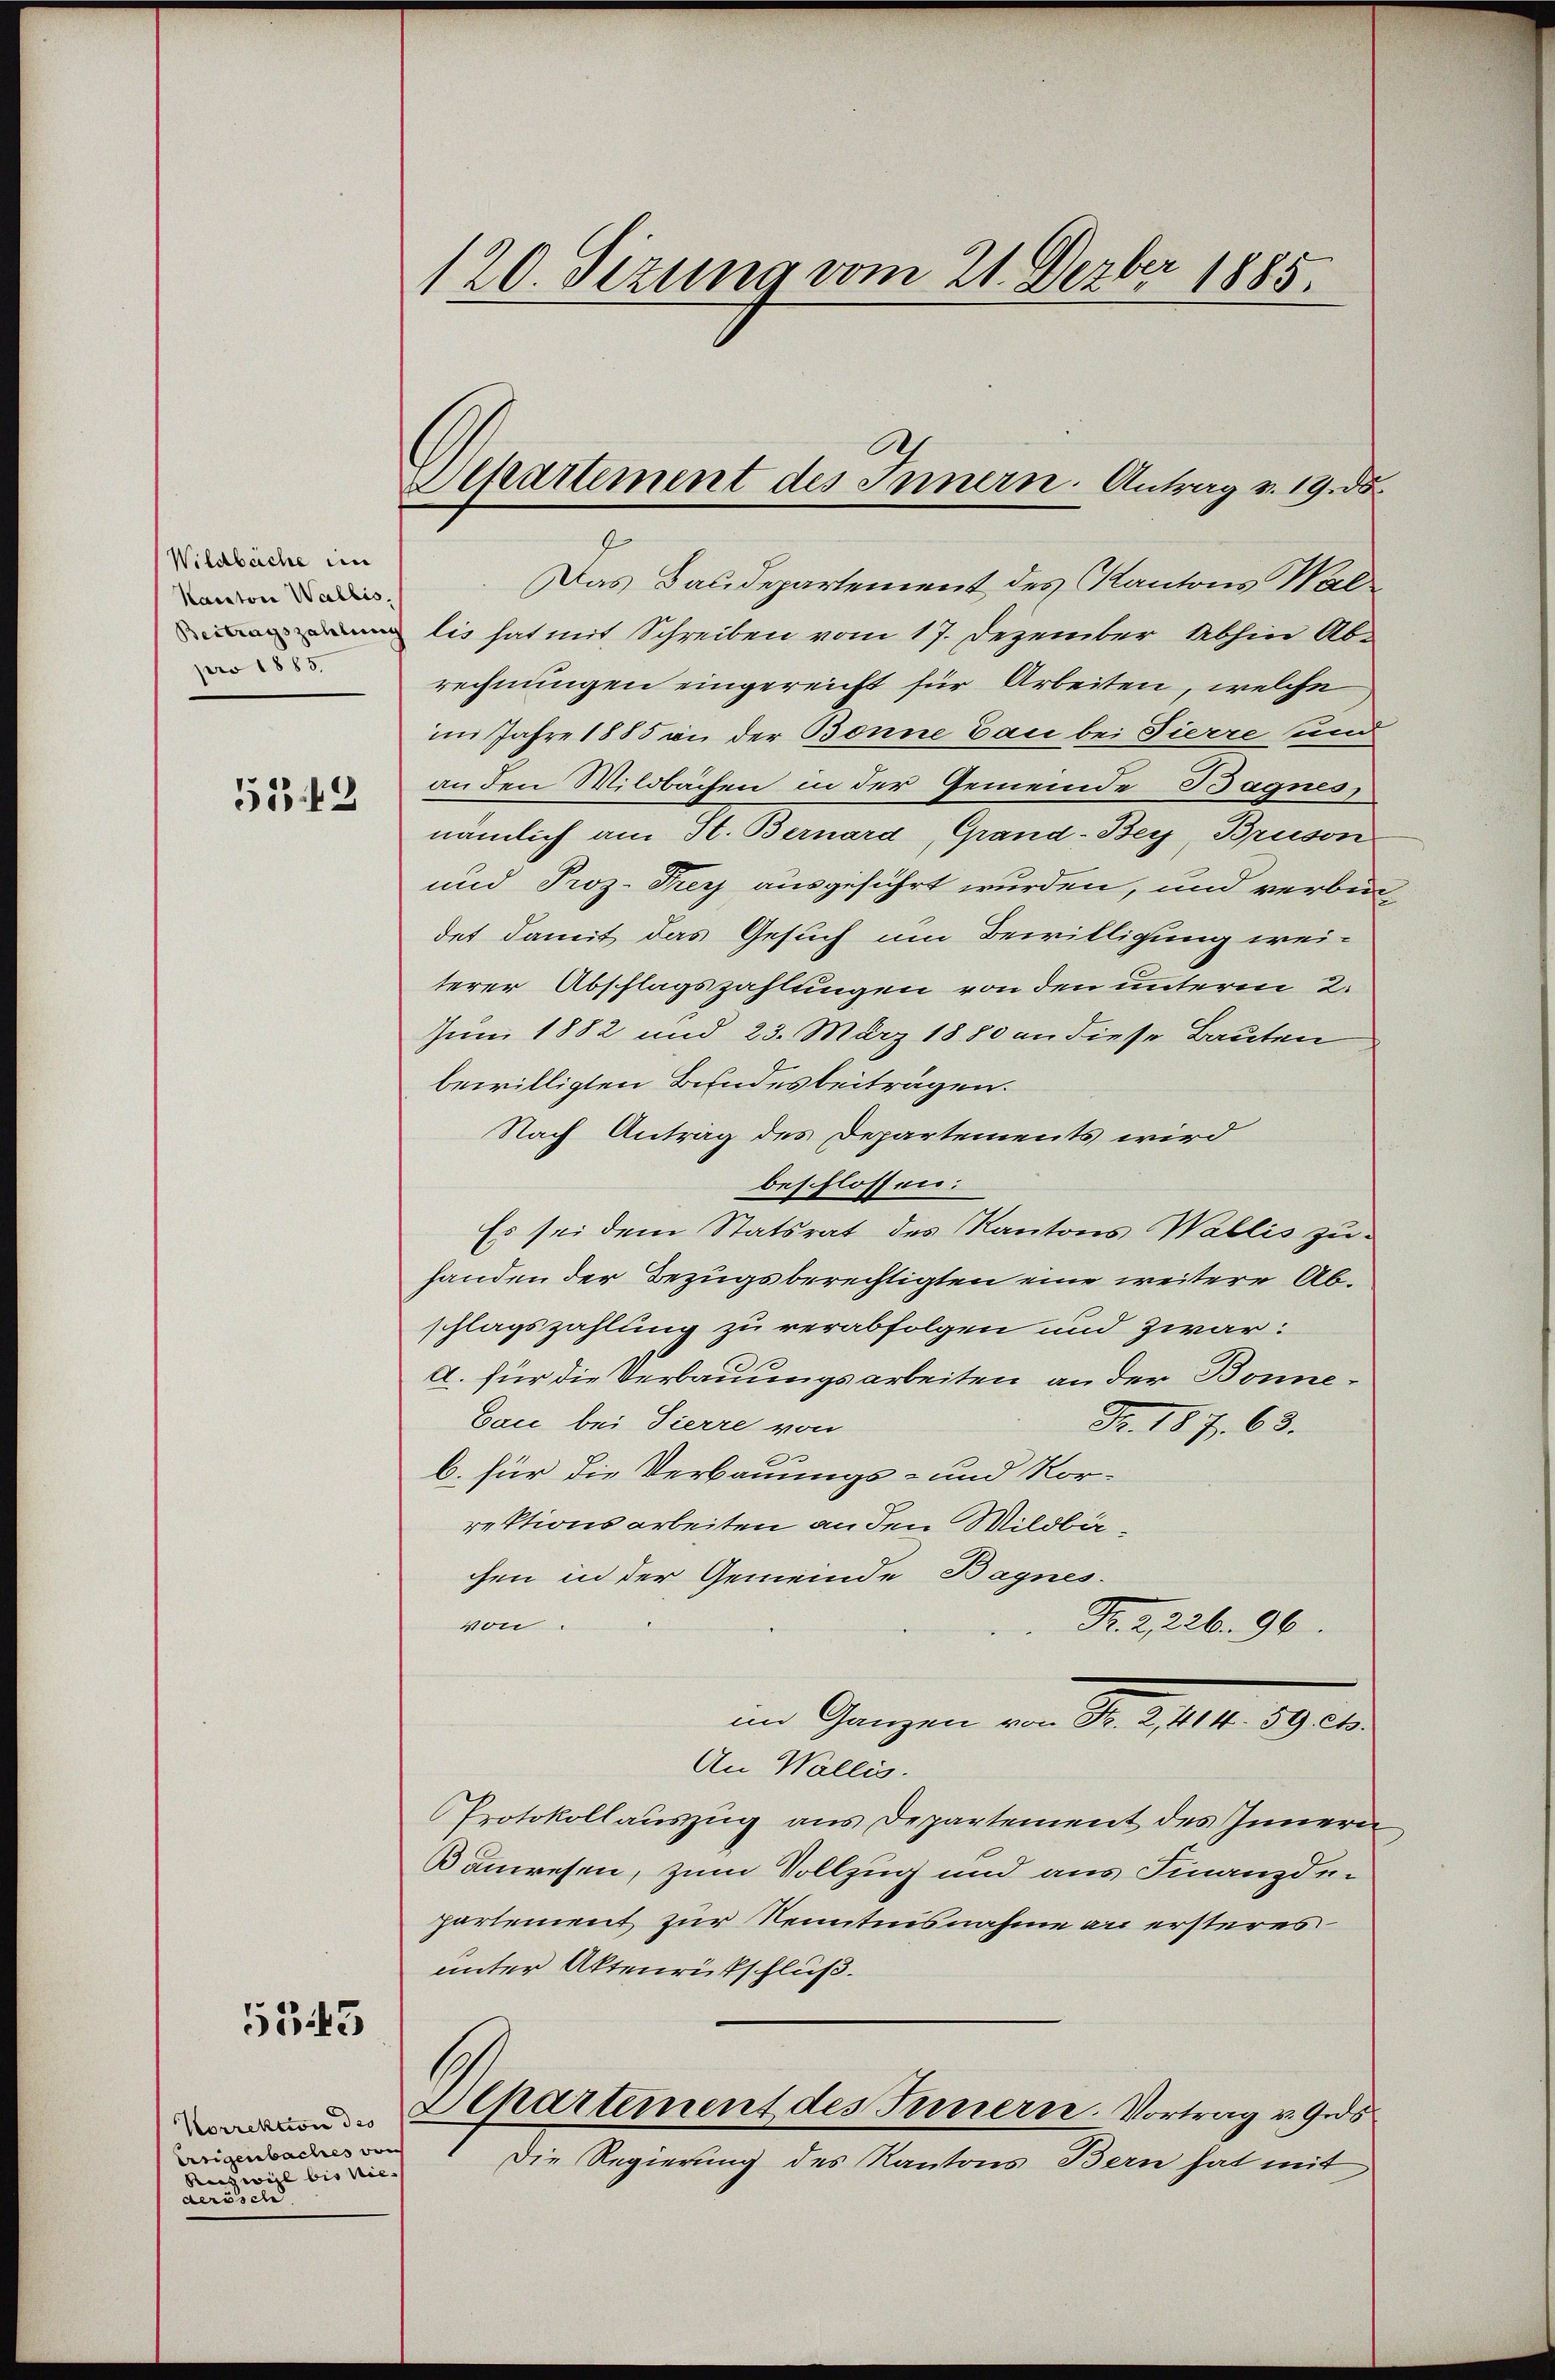
Wildbache in
Kanton Wallis,
Beitragszahlung
pro 1883.

533 f 3

5345

Korrektion des
Ereigenbaches von
Ausweil bis niederösel.

120. Sizung vom 21. Dezber 1885.

Separtement des Innern. Antrag v. 19. d.
g

Das Baudepartement des Kantons Wallis hat mit Schreiben vom 17. Dezember abhin Abrechnungen eingereicht für Arbeiten, welche
im Jahre 1885 in der Bonne Bau bei Tierre und
an den Wildbachen in der Gemeinde Bagnes,
nämlich am St. Bernard, Grand-Bey Bruson
und Proz. Frey ausgeführt wurden, und verbin-
det damit das Gesuch um Bewilligung weiterer Abschlagszahlungen von den unterm 2.
Juni 1882 und 23. März 1880 an diese Bauten
bewilligten Bundesbeiträgen.
Nach Antrag des Departements wird
beschlossen:
Es sei dem Statsrat des Kantons Wallis zu-
handen der Bezugsberechtigten eine weitere Abschlagszahlung zu verabfolgen und zwar:
a. für die Verbauungsarbeiten an der Bonne¬
Cau bei Tierre von
Fr. 187. 68.
b. für die Verbauungs- und Kor-
rektionsarbeiten an den Wildbächen in der Gemeinde Bagnes.
von
Fr. 2, 226. 96.
im Ganzen von Fr. 11. 1910.
An Wallis.
Protokollauszug aus Departement des Innern
Banwesen, zum Vollzug und aus Finanzdepartement zur Kenntnisnahme an ersteres
unter Aktenrütschluß.
Departement des Innern. Vortrag v. Ges
Die Regierung des Kantons Bern hat mit

3